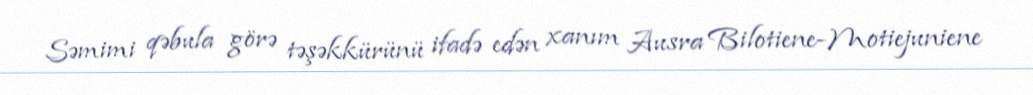
Səmimi qəbula görə təşəkkürünü ifadə edən xanım Ausra Bilotiene-Motiejuniene